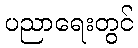
ပညာရေးတွင်